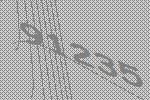
91235